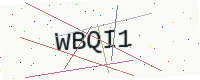
Text: WBQI1